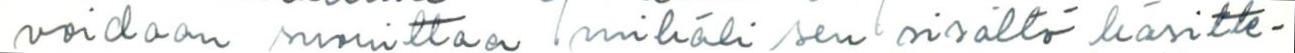
voidaan suorittaa mikäli sen sisältö käsitte-